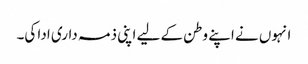
انہوں نے اپنے وطن کے لیے اپنی ذمہ داری ادا کی۔